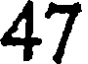
47